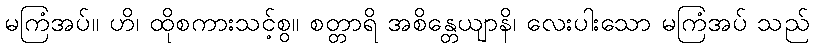
မကြံအပ်။ ဟိ၊ ထိုစကားသင့်စွ။ စတ္တာရိ အစိန္တေယျာနိ၊ လေးပါးသော မကြံအပ် သည်